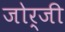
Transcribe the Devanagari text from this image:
जोर्जी